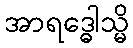
အာရဒ္ဓေါသ္မိ